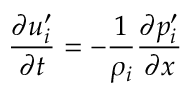
{ \frac { \partial u _ { i } ^ { \prime } } { \partial t } } = - { \frac { 1 } { \rho _ { i } } } { \frac { \partial p _ { i } ^ { \prime } } { \partial x } }